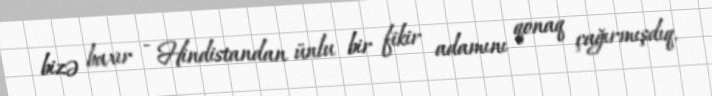
bizə baxır - Hindistandan ünlu bir fikir adamını qonaq çağırmışdıq.